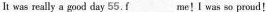
It was really a good day 55. \underline{f}me ! I wns so proud!